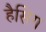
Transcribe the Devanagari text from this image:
हैसिग